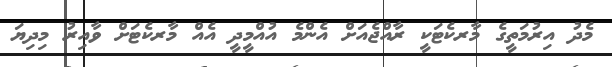
މެދު އިރުމަތީގެ މާރކެޓަކީ ރާއްޖެއަށް އެންމެ އުއްމީދީ އެއް މާރކެޓަށް ވާއިރު މިދިޔަ